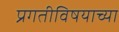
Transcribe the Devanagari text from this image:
प्रगतीविषयाच्या